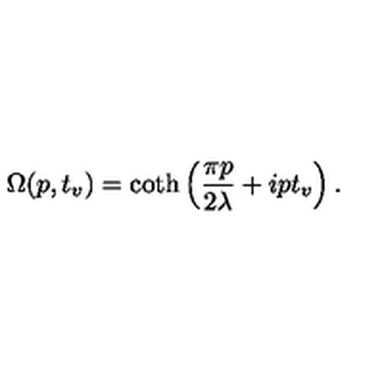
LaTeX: \Omega ( p , t _ { v } ) = \coth \left( \frac { \pi p } { 2 \lambda } + i p t _ { v } \right) .